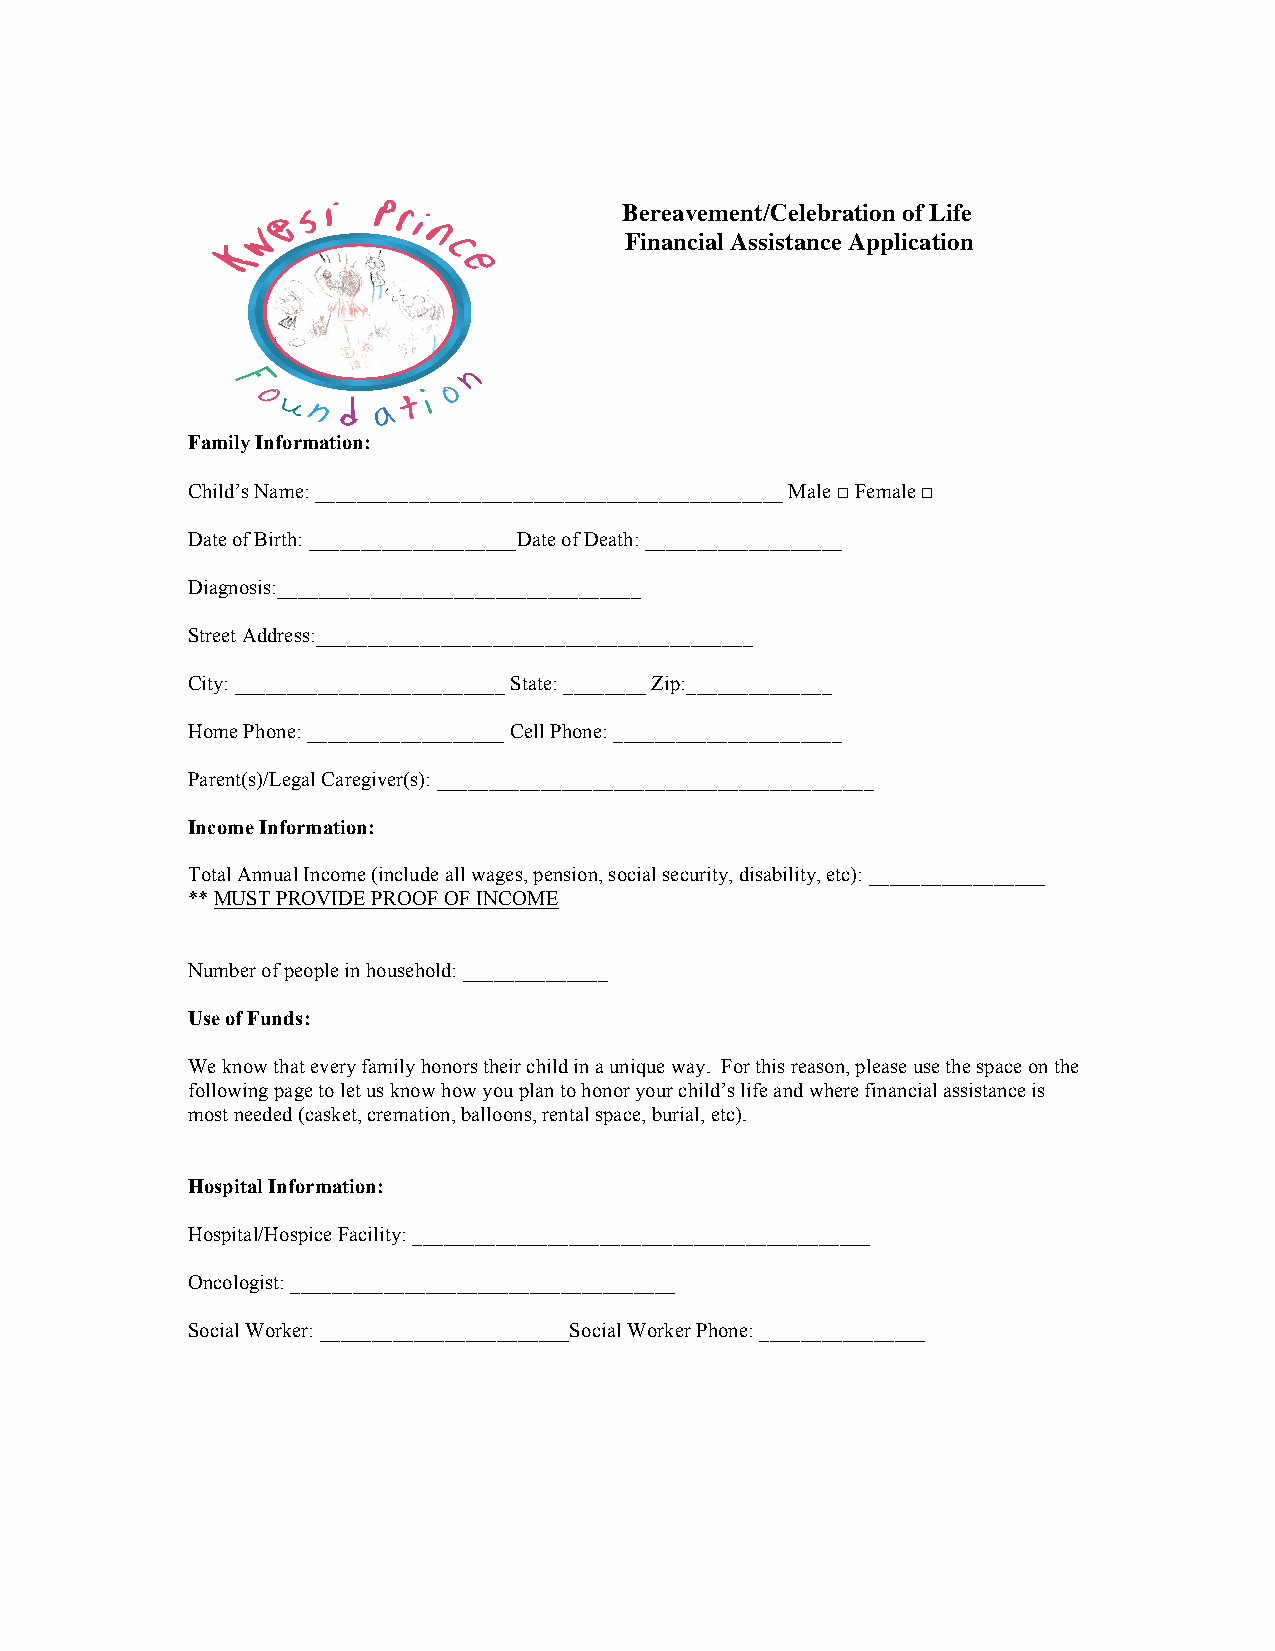
Bereavement/Celebration of Life
 Financial Assistance Application
 Family Information:
 Child’s Name: _____________________________________________ Male ☐ Female ☐
 Date of Birth: ____________________Date of Death: ___________________
 Diagnosis:___________________________________
 Street Address:__________________________________________
 City: __________________________ State: ________ Zip:______________
 Home Phone: ___________________ Cell Phone: ______________________
 Parent(s)/Legal Caregiver(s): __________________________________________
 Income Information:
 Total Annual Income (include all wages, pension, social security, disability, etc): _________________
 ** MUST PROVIDE PROOF OF INCOME
 Number of people in household: ______________
 Use of Funds:
 We know that every family honors their child in a unique way. For this reason, please use the space on the
 following page to let us know how you plan to honor your child’s life and where financial assistance is
 most needed (casket, cremation, balloons, rental space, burial, etc).
 Hospital Information:
 Hospital/Hospice Facility: ____________________________________________
 Oncologist: _____________________________________
 Social Worker: ________________________Social Worker Phone: ________________